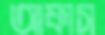
আফাস